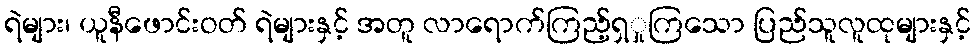
ရဲများ၊ ယူနီဖောင်းဝတ် ရဲများနှင့် အတူ လာရောက်ကြည့်ရှှုကြသော ပြည်သူလူထုများနှင့်